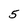
Character: 5